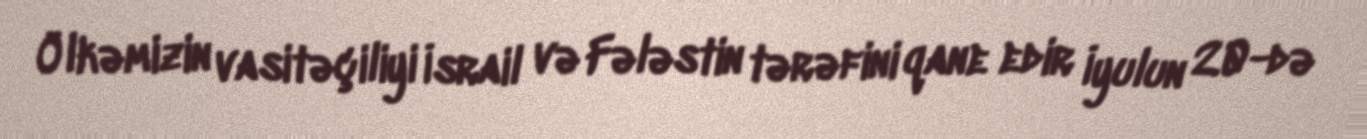
Ölkəmizin vasitəçiliyi İsrail və Fələstin tərəfini qane edir İyulun 20-də